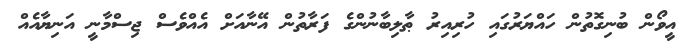
އީވޯން ބުނިގޮތުން ހައްޔަރުގައި ހުރިއިރު ޠާލިބާނުންގެ ފަރާތުން އޭނާއަށް އެއްވެސް ޖިސްމާނީ އަނިޔާއެއް